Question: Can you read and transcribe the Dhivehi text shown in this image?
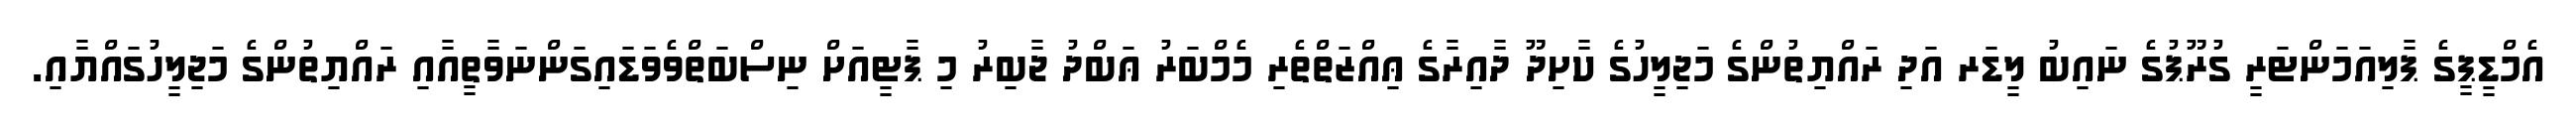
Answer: އެމްޑީޕީގެ ޕާލިއަމަންޓަރީ ގުރޫޕުގެ ނައިބު ލީޑަރ އަދި ރައްޔިތުންގެ މަޖިލީހުގެ ކާށިދޫ ދާއިރާގެ ޢިއްޒަތްތެރި މެމްބަރު ޢަބްދު ޖާބިރު މި ޕާޓީއަށް ނިސްބަތްވެވަޑައިގަންނަވާތީއާއި ރައްޔިތުންގެ މަޖިލީހުގައްޔާއި.